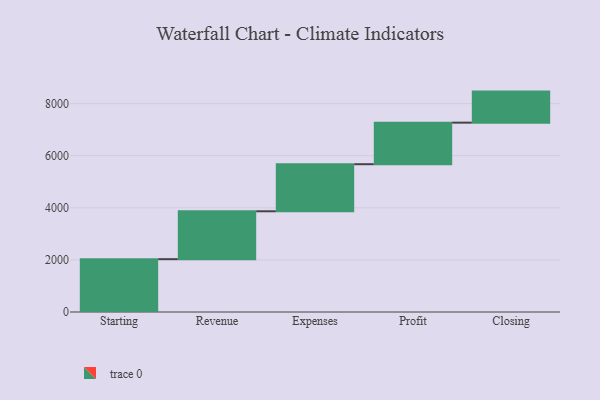
{"axis": {"x": "Step", "y": "Value"}, "legend": [""], "data": [{"x": "Starting", "y": 2028.0, "type": ""}, {"x": "Revenue", "y": 1838.0, "type": ""}, {"x": "Expenses", "y": 1807.0, "type": ""}, {"x": "Profit", "y": 1595.0, "type": ""}, {"x": "Closing", "y": 1192.0, "type": ""}]}